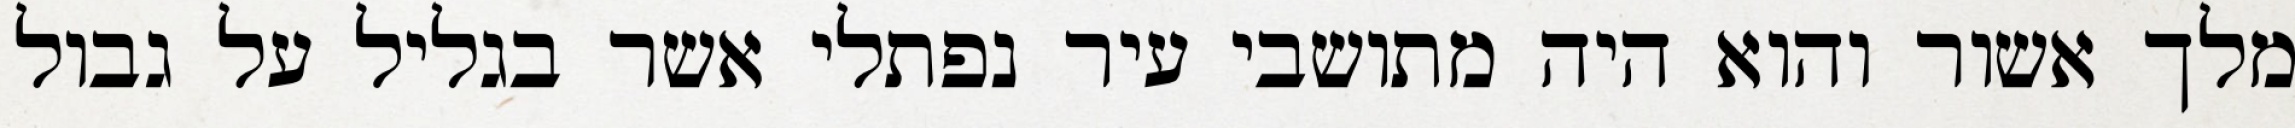
מלך אשור והוא היה מתושבי עיר נפתלי אשר בגליל על גבול